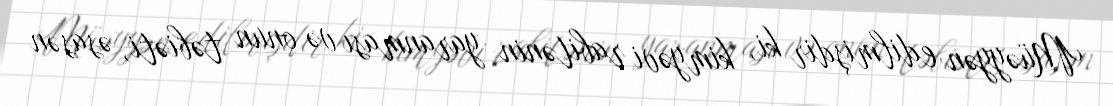
Müəyyən edilmişdir ki, kimyəvi rabitənin yaranması və onun təbiəti, əsasən